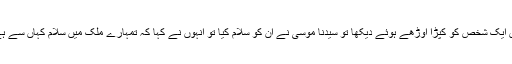
وہاں ایک شخص کو کپڑا اوڑھے ہوئے دیکھا تو سیدنا موسیٰؑ نے ان کو سلام کیا تو انہوں نے کہا کہ تمہارے ملک میں سلام کہاں سے ہے ؟